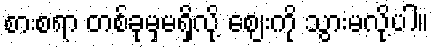
စားစရာ တစ်ခုမှမရှိလို့ ဈေးကို သွားမလို့ပါ။